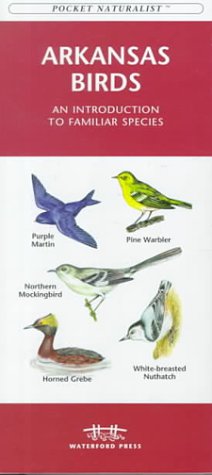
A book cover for Arkansas Birds (Pocket Naturalist); Waterford Press; Travel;